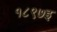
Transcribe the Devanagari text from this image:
१८९७इ